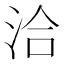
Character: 洽